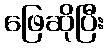
ဖြေဆိုပြီး